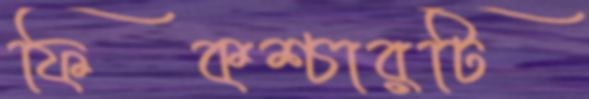
ফিকশ্চারটি